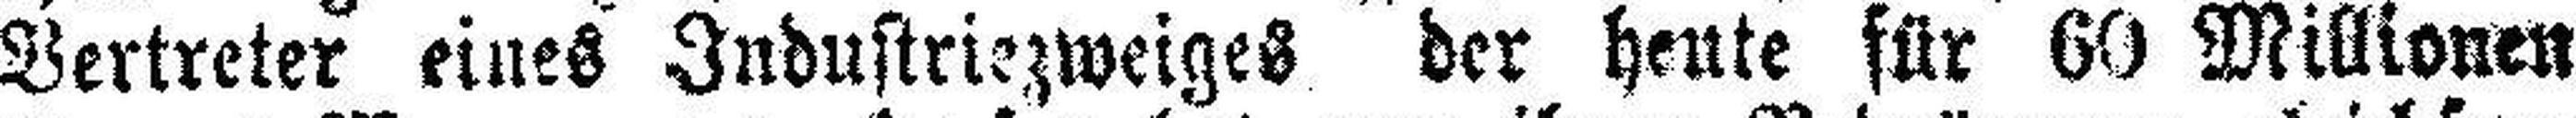
Vertreter eines Industriezweiges der heute für 60 Millionen